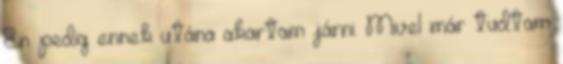
Én pedig ennek utána akartam járni. Mivel már tudtam